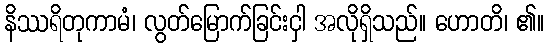
နိဿရိတုကာမံ၊ လွတ်မြောက်ခြင်းငှါ အလိုရှိသည်။ ဟောတိ၊ ၏။